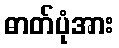
ဓာတ်ပုံအား